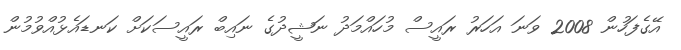
އޭގެފަހުން 2008 ވަނަ އަހަރު ރައީސް މުހައްމަދު ނަޝީދުގެ ނައިބް ރައީސަކަށް ކަނޑައެޅުއްވުމުން